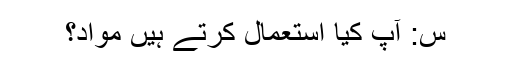
س: آپ کیا استعمال کرتے ہیں مواد؟